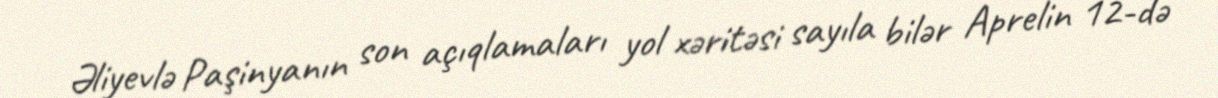
Əliyevlə Paşinyanın son açıqlamaları yol xəritəsi sayıla bilər Aprelin 12-də